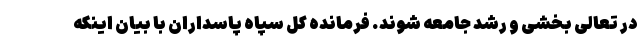
در تعالی بخشی و رشد جامعه شوند. فرمانده کل سپاه پاسداران با بیان اینکه